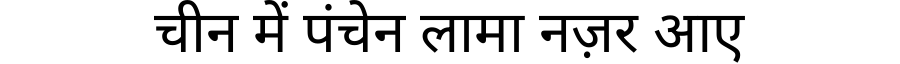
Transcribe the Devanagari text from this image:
चीन में पंचेन लामा नज़र आए